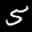
Label: 5